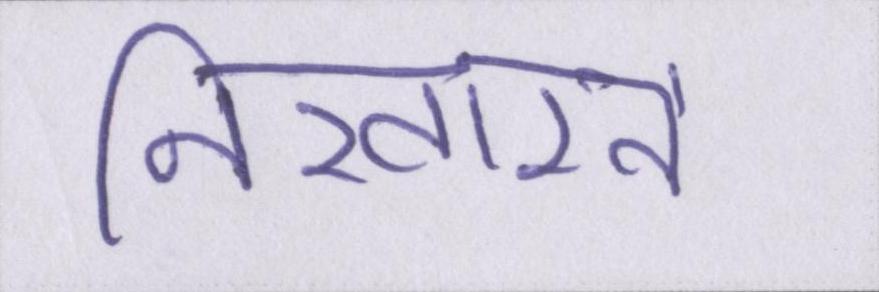
निखारने